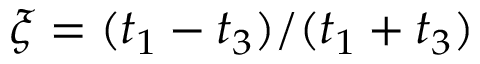
\xi = ( t _ { 1 } - t _ { 3 } ) / ( t _ { 1 } + t _ { 3 } )